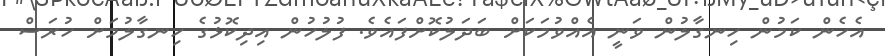
އެހެން ކަމުން ހިނގާލުން ވަނީ އެއްވުމަކަށް ބަދަލުކޮށްފައެވެ. ފުލުހުން އިދިކޮޅުގެ ހިނގާލުމަށް ހުރަސް